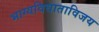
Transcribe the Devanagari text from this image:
भाग्यविधाताविजय